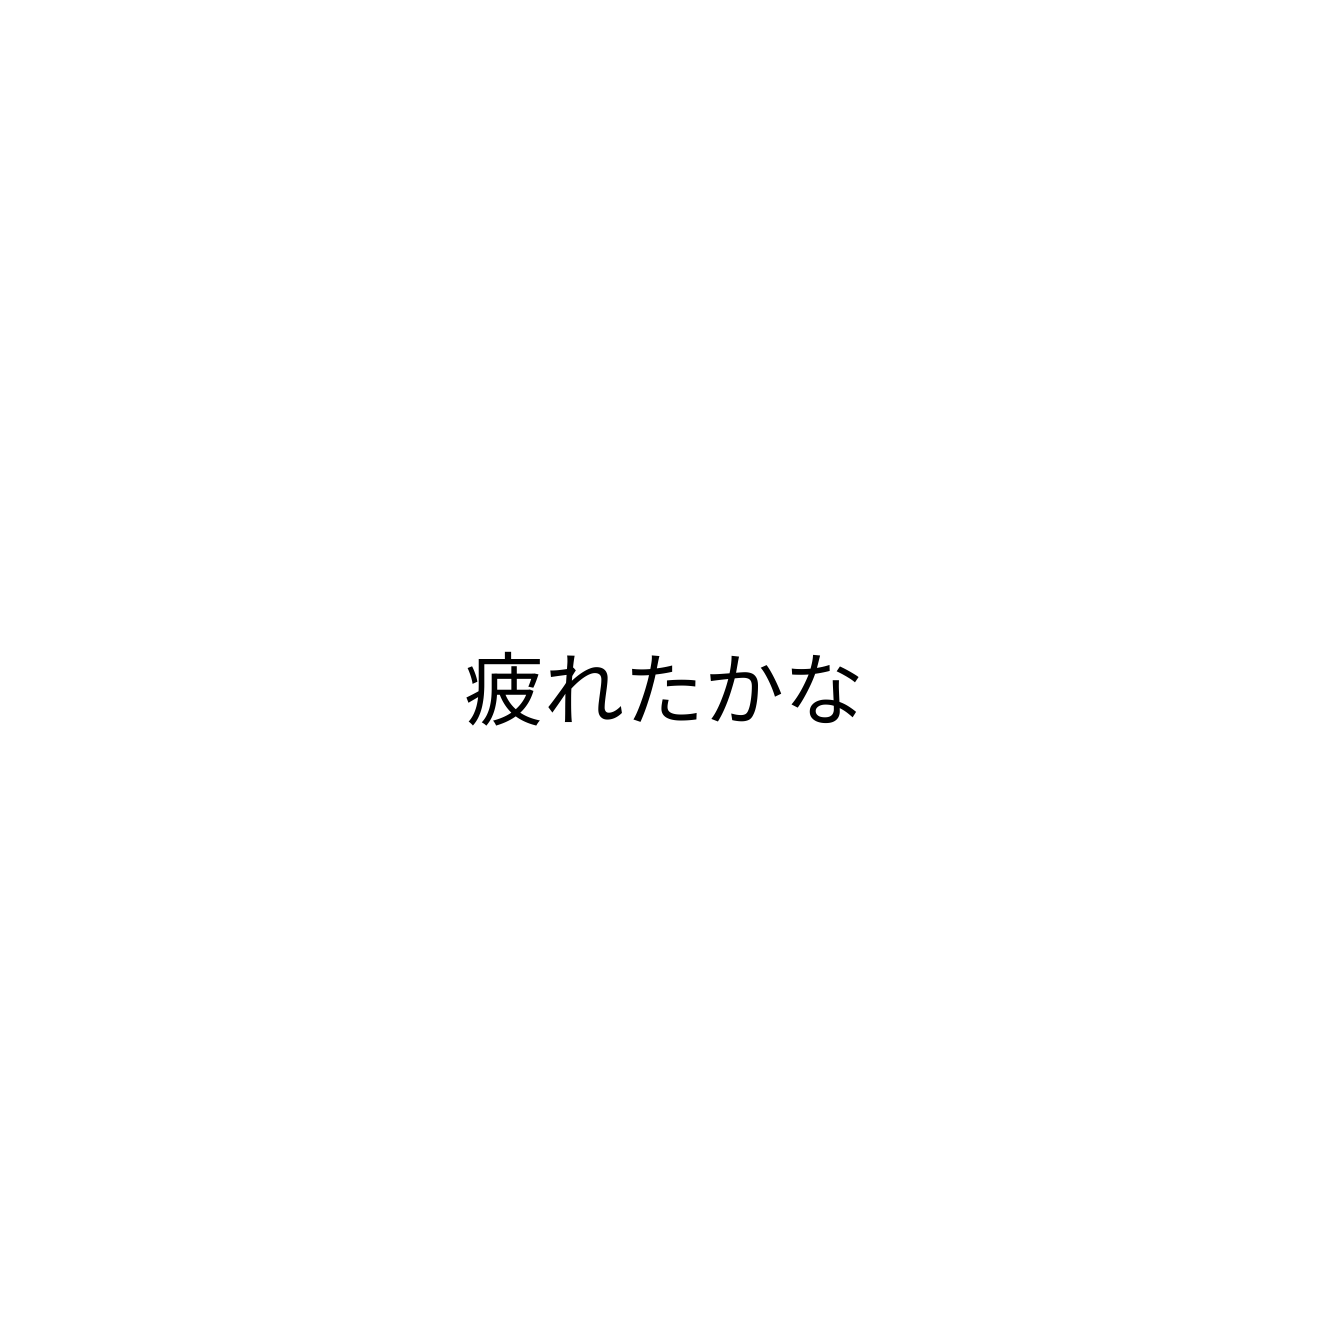
疲れたかな